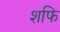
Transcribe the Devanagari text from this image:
शफि